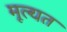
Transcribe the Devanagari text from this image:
मूल्यत